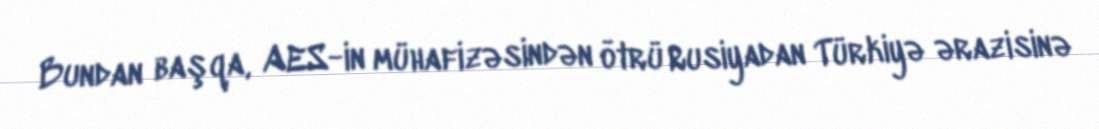
Bundan başqa, AES-in mühafizəsindən ötrü Rusiyadan Türkiyə ərazisinə